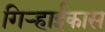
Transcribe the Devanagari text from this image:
गिऱ्हाईकास